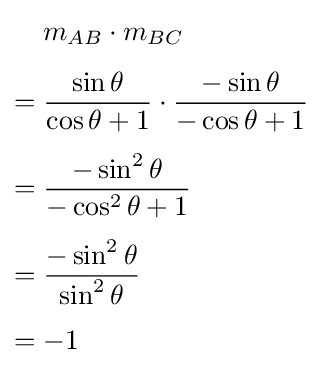
{\begin{aligned}&m_{AB}\cdot m_{BC}\\[4pt]={}&{\frac {\sin \theta }{\cos \theta +1}}\cdot {\frac {-\sin \theta }{-\cos \theta +1}}\\[4pt]={}&{\frac {-\sin ^{2}\theta }{-\cos ^{2}\theta +1}}\\[4pt]={}&{\frac {-\sin ^{2}\theta }{\sin ^{2}\theta }}\\[4pt]={}&{-1}\end{aligned}}